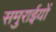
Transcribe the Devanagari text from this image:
समुराईयों